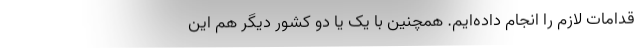
قدامات لازم را انجام داده‌ایم. همچنین با یک یا دو کشور دیگر هم این